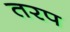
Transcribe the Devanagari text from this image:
तरप